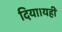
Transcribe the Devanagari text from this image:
दिया।यही